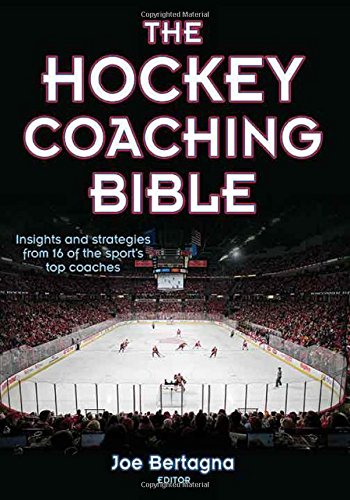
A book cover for The Hockey Coaching Bible; Joseph Bertagna; Sports & Outdoors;